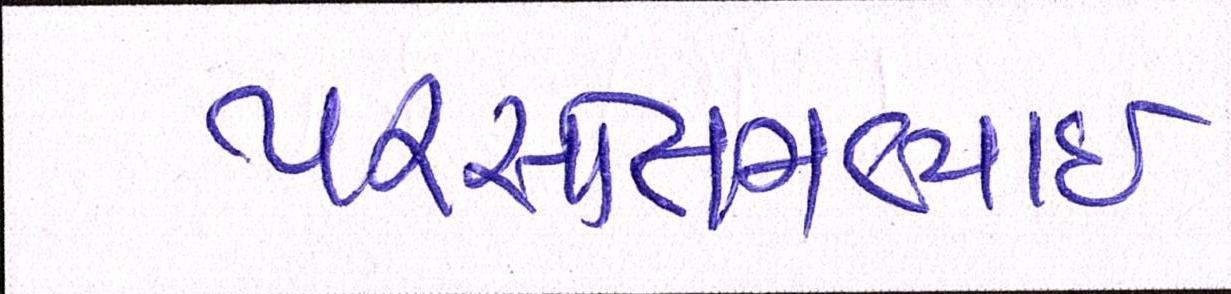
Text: પરસોત્તમભાઈ